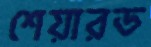
শেয়ারড